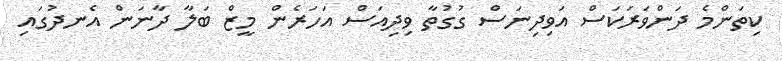
ކިތަންމެ ދަންވަރަކަސް އަވިދިނަސް ގުގުތާ ވިދިއަސް އަހަރެން މީޒް ބަލާ ދާނަން އެނދުގައި